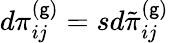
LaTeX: d\pi_{ij}^{(\mathsf{g})}=sd\tilde{{\pi}}_{ij}^{(\mathsf{g})}